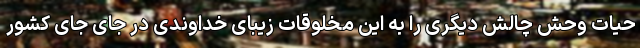
حیات وحش چالش دیگری را به این مخلوقات زیبای خداوندی در جای جای کشور